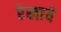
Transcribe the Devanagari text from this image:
रेखाये